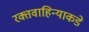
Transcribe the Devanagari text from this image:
रक्तवाहिन्याकडे